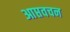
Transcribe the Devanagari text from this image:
आप्तवचन